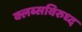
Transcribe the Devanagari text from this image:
क्लब्सविरुध्द